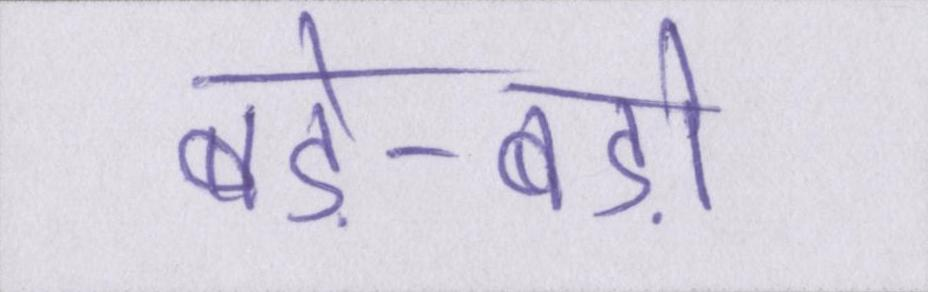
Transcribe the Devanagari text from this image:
बड़े-बड़ों